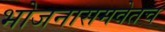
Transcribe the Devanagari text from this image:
भोजनासमवेतच